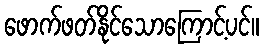
ဖောက်ဖတ်နိုင်သောကြောင့်ပင်။